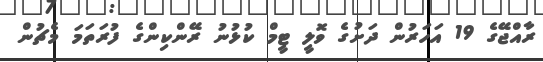
ރާއްޖޭގެ 19 އަހަރުން ދަށުގެ ވޮލީ ޓީމް ކުޅުނު ރޭންކިންގެ ފުރަތަމަ މެޗުން